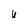
Character: U